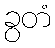
ခွတံ